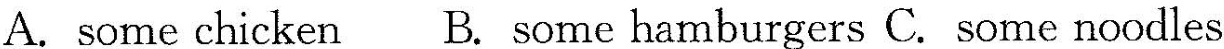
A. some chicken B. some hamburgers C. Some noodles